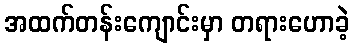
အထက်တန်းကျောင်းမှာ တရားဟောခဲ့